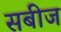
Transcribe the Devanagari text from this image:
सबीज